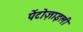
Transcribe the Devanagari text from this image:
पेंटोज़ाइली